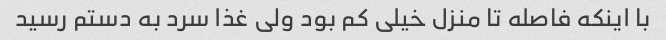
با اینکه فاصله تا منزل خیلی کم بود ولی غذا سرد به دستم رسید